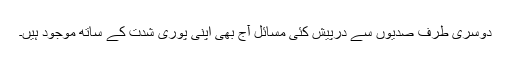
دوسری طرف صدیوں سے درپیش کئی مسائل آج بھی اپنی پوری شدت کے ساتھ موجود ہیں۔